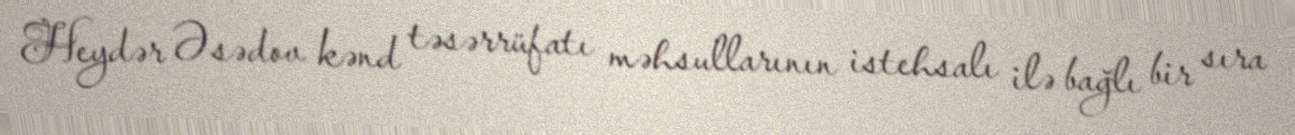
Heydər Əsədov kənd təsərrüfatı məhsullarının istehsalı ilə bağlı bir sıra